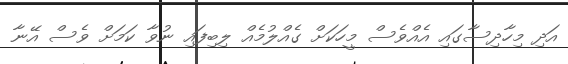
އަދި މިހާދިސާގައި އެއްވެސް މީހަކަށް ގެއްލުމެއް ލިބިފައި ނުވާ ކަމަށް ވެސް އޭނާ